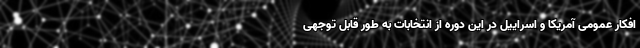
افکار عمومی آمریکا و اسراییل در این دوره از انتخابات به طور قابل توجهی